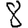
Digit: 8